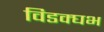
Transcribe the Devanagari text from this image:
विडक्घभ